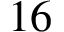
1 6